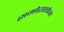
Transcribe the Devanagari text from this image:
समोरास्केन